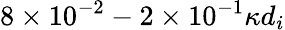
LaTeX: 8\times 10^{-2}-2\times 10^{-1}\kappa d_{i}